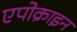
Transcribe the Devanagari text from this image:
एपोक्राइन